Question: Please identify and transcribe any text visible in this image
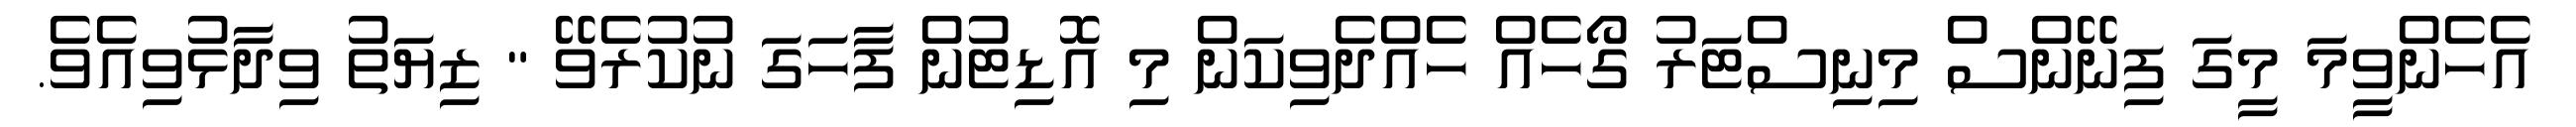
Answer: އެހެންވީމަ މީގަ ފިނޭންސް މިނިސްޓަރު ގޯހެއް ހެއްދެވިކަން މި އޮޑިޓުން ފާހަގަ ނުކުރެވޭ " ޒިޔަތު ވިދާޅުވިއެވެ.